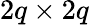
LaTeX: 2q\times 2q